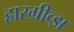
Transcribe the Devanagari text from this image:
हारग्रीव्झ